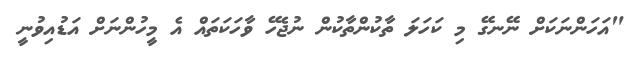
"އަހަންނަކަށް ނޭނގޭ މި ކަހަލަ ތާކުންތާކުން ނުޖެހޭ ވާހަކަތައް އެ މީހުންނަށް އަޑުއިވުނީ